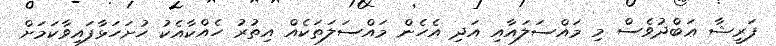
ފަރީޝާ ޢަބްދުވެސް މި މައްސަލައާއި އަދި އެހެން މައްސަލަތަކެއް އިތުރު ހެއްކާއެކު ހުށަހަޅާފައިވާކަމަށް